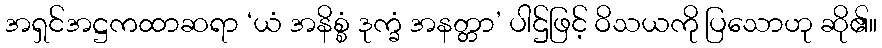
အရှင်အဋ္ဌကထာဆရာ ‘ယံ အနိစ္စံ ဒုက္ခံ အနတ္တာ’ ပါဌ်ဖြင့် ဝိသယကို ပြသောဟု ဆို၏။